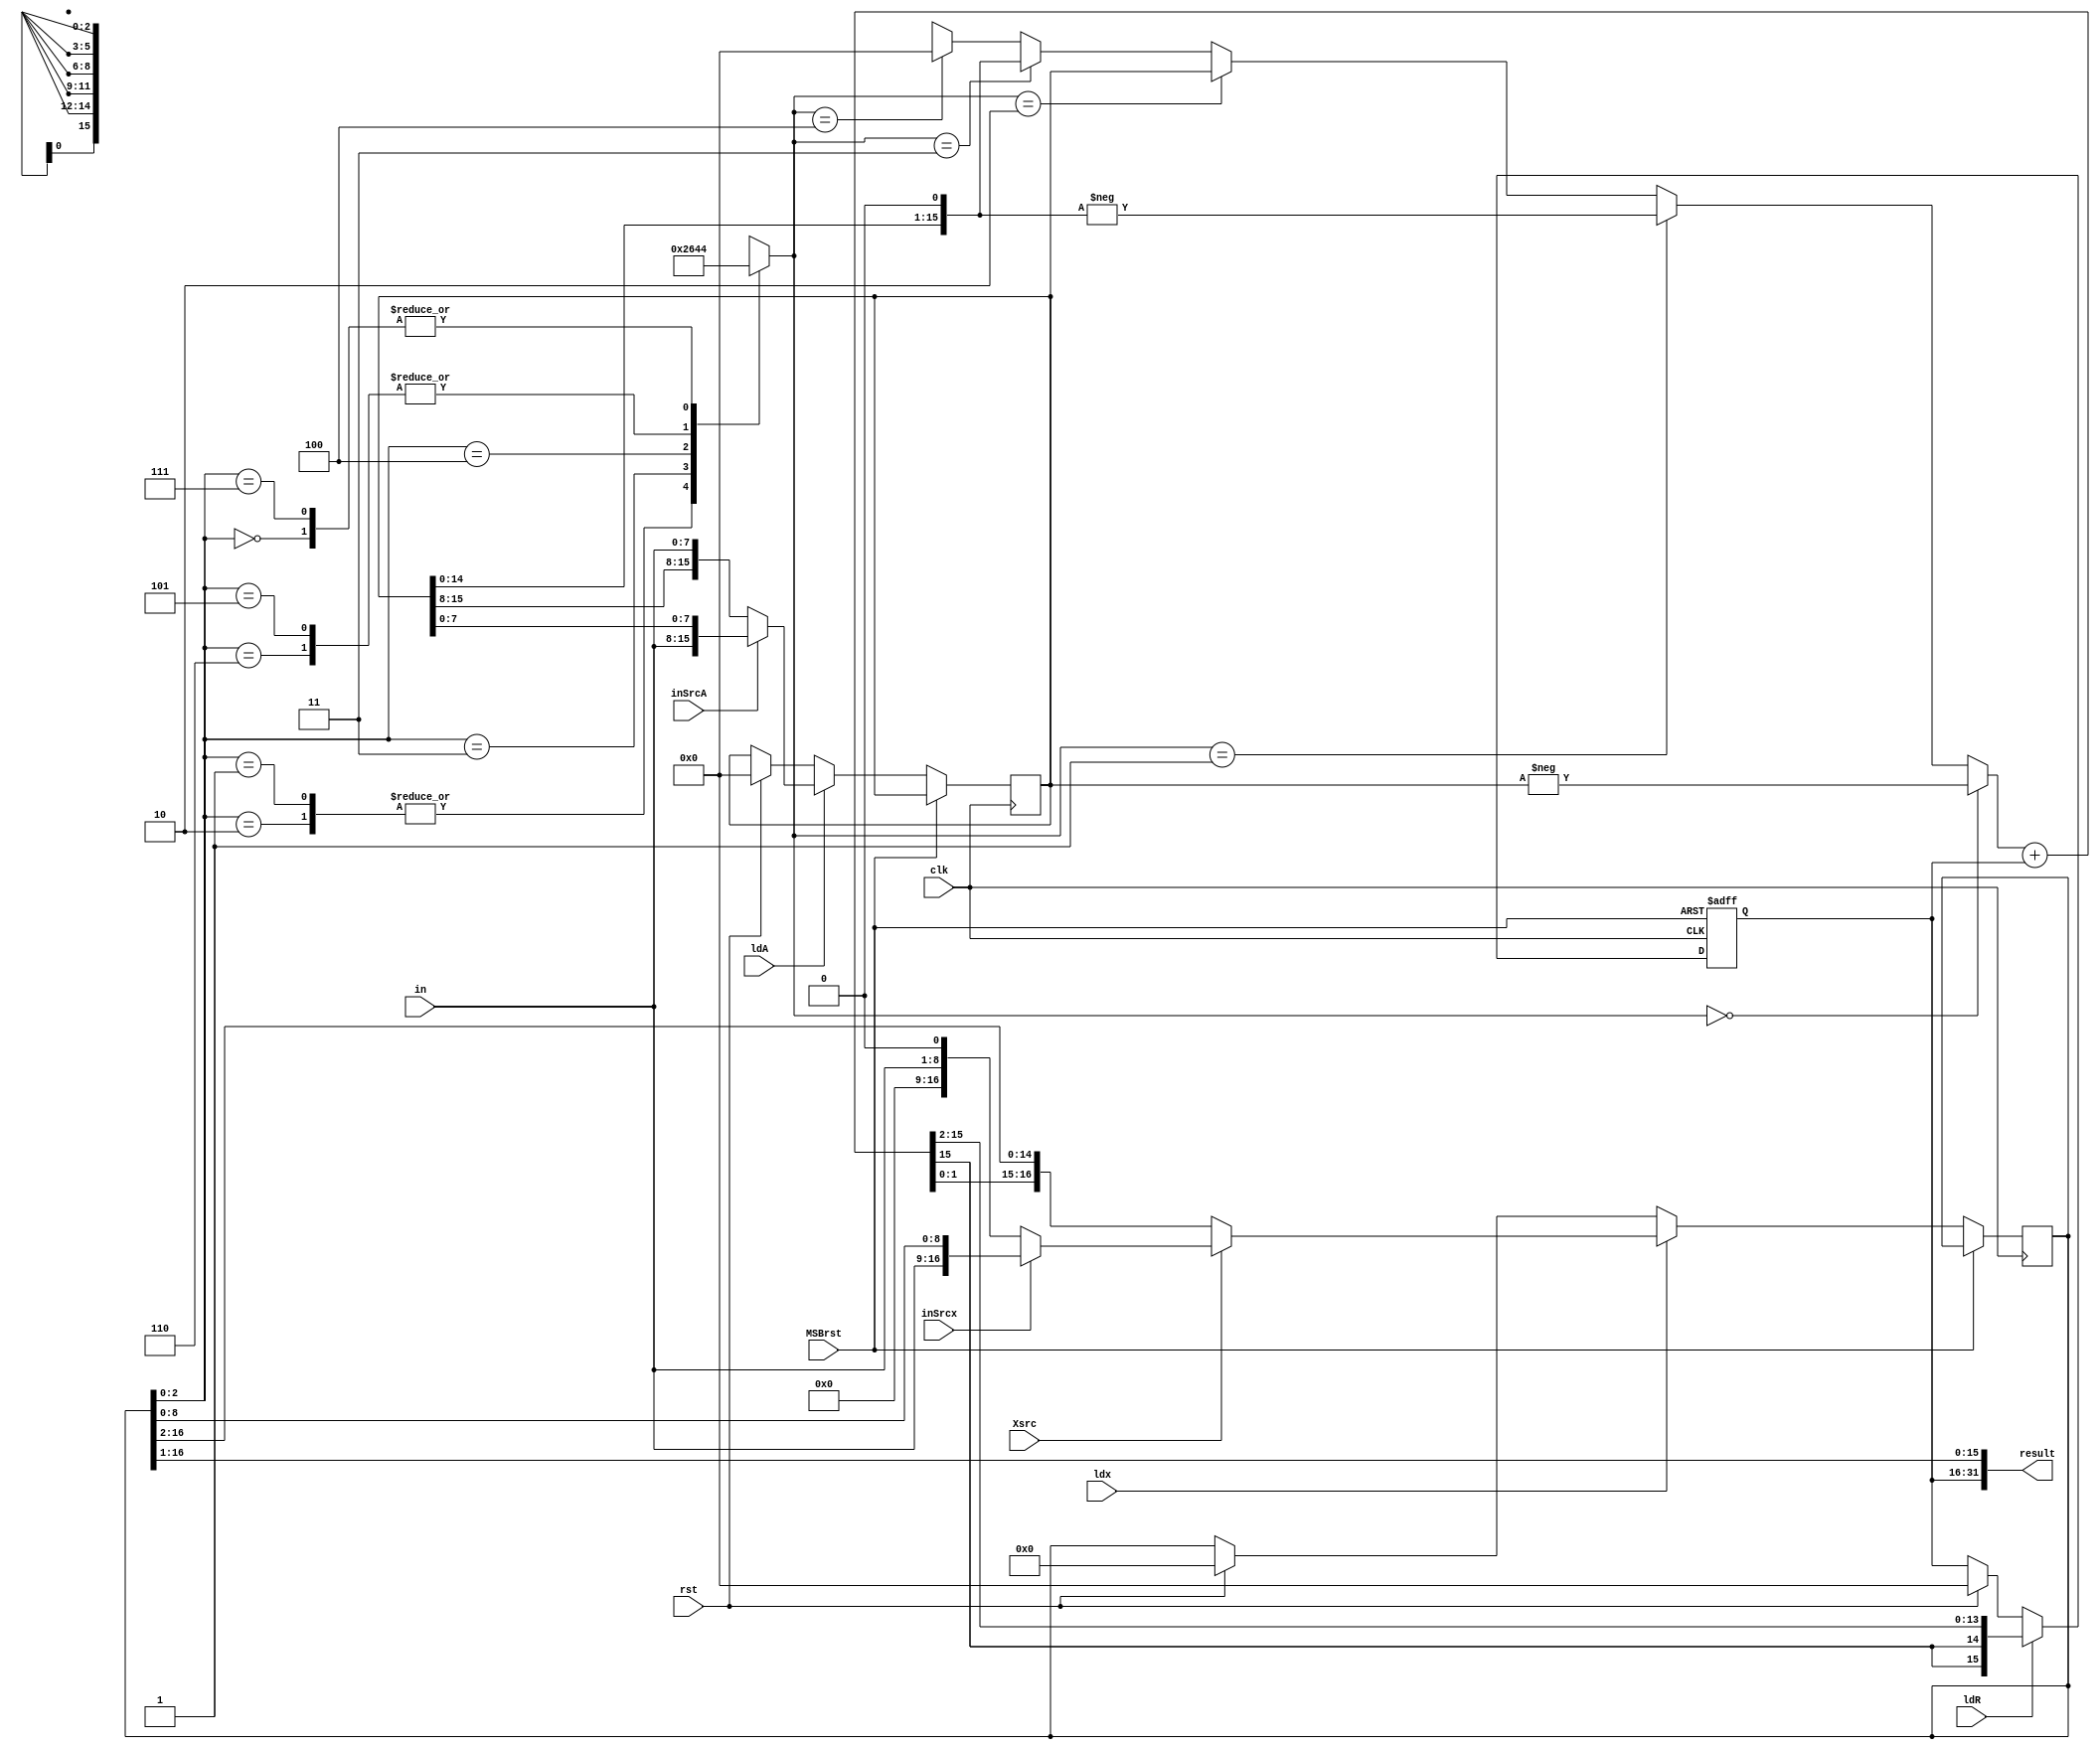
`timescale 1ns/1ns
module ASSUME_R4_DP(input [7:0] in, input clk, rst, ldx, ldA, ldR, MSBrst, inSrcx, inSrcA, Xsrc, output [31:0] result);
  //defining our registers and their load and reset inputs
  reg [16:0] Xreg;
  reg [15:0] Areg, ResMSB;
  wire [16:0] Xrin;
  wire [15:0] Arin, Resrin;
  always @(posedge clk, posedge MSBrst) begin
    if (MSBrst) ResMSB<=16'b0;
	 else begin
			 if(rst) begin
				Xreg <= 0;
				Areg <= 0;
				ResMSB <= 0;
			 end
			 if(ldx) 
				Xreg <= Xrin;
			 if(ldR) 
				ResMSB <= Resrin;
			 if(ldA) 
				Areg <= Arin;
		end
  end
  //defining the multiplexers that select our registers inputs
  wire [16:0] Xin;
  wire [15:0] sum, PP;
  wire [2:0] R4ENC;
  wire [14:0] SXR;
  assign SXR = (Xreg >> 2);
  assign Xin = inSrcx ? {in, Xreg[8:0]} : {8'b0, in, 1'b0};
  assign Arin = inSrcA ? {in, Areg[7:0]} : {Areg[15:8], in};
  assign Xrin = Xsrc? Xin : {sum[1:0], SXR};
  assign  PP = R4ENC == 3'b000 ? -Areg
              :R4ENC == 3'b001 ? -(Areg <<< 1)
              :R4ENC == 3'b010 ?   Areg
              :R4ENC == 3'b011 ? (Areg <<< 1)
              :R4ENC == 3'b100 ? 16'b0 
              : 16'bx;
  //defining the LUT as an array (which determines the select of our PP MUX
  
  wire [2:0] LUT[0:7];
  assign LUT [0] = 3'd4;
  assign LUT [1] = 3'd2;
  assign LUT [2] = 3'd2;
  assign LUT [3] = 3'd3;
  assign LUT [4] = 3'd1;
  assign LUT [5] = 3'd0;
  assign LUT [6] = 3'd0;
  assign LUT [7] = 3'd4; 
  assign R4ENC = LUT[Xreg[2:0]];
  // defining our adder result 
assign sum=PP+ResMSB;
  //sign extention 
assign Resrin = {sum[15], sum[15], sum[15:2]};
assign result = {ResMSB,Xreg[16:1]};
endmodule

module counter8(input clk, Cen, Crst, output Cout);
  reg [3:0] count;
  always @(posedge clk, posedge Crst) begin
      if (Crst) count=4'b0;
		else begin 
		if (Cout) count = 0;
		if (Cen) count = count+1;
		end
	end
  assign Cout = count[2]&count[1]&count[0];
endmodule

module ASSUME_R4_CU(input clk, rst, start, getA, getX, output reg ldx, ldA, ldR, MSBrst, inSrcx, inSrcA, Xsrc, ready);
  parameter [3:0] Idle = 4'd1, wait0 = 4'd2, LSBA = 4'd3, wait1 = 4'd4, MSBA = 4'd5, wait2 = 4'd6, LSBX = 4'd7,
                  wait3 = 4'd8, MSBX = 4'd9, wait4=4'd10, calc = 4'd11, done = 4'd0;


  reg Cen, Crst;
  wire cout;

  counter8 counter (clk, Cen, Crst, cout);          
  reg [3:0] ps, ns;
  always @(start, getA, getX, cout, ps) begin
    case(ps)
      Idle : ns = start ? Idle : wait0;
      wait0 : ns = getA ? LSBA : wait0;
      LSBA : ns = getA ? LSBA : wait1;
      wait1 : ns = getA ? MSBA : wait1;
      MSBA : ns = getA ? MSBA : wait2;
      wait2 : ns = getX ? LSBX : wait2;
      LSBX : ns = getX ? LSBX : wait3;
      wait3 : ns = getX ? MSBX : wait3;
      MSBX : ns = getX ? MSBX : wait4;
      wait4 : ns = calc;  
      calc : ns = cout ? done : calc;
      done : ns = start ? Idle : done;
      default: ns=done;
    endcase
  end
  
  always @(ps) begin
    {ldx, ldA, ldR, inSrcx, inSrcA, Xsrc, ready, MSBrst,Crst} = 9'b0;
    case(ps)
      Idle : begin MSBrst = 1'b1; Crst = 1'b1; end
      LSBA : begin ldA=1'b1; end
      MSBA : begin inSrcA=1'b1; end 
      wait1 : begin ldA=1'b1; end
      wait2 : begin ldA=1'b1; inSrcA=1'b1; end 
      LSBX : begin ldx=1'b1; Xsrc=1'b1; end
      wait3 : begin ldx=1'b1; Xsrc=1'b1; end
      MSBX : begin inSrcx=1'b1; end
      wait4 : begin ldx=1'b1; Xsrc=1'b1; inSrcx=1'b1; end            
      calc : begin ldR=1'b1; ldx=1'b1; Cen=1'b1; end
      done : ready = 1'b1;
      default :  {ldx, ldA, ldR, inSrcx, inSrcA, Xsrc, ready, MSBrst,Crst} = 9'b0;
    endcase
  end
  always @(posedge clk, posedge rst) begin
     if(rst) ps<=done;
    else ps<=ns;
   end
   
endmodule

module ASSUME_R4(input clk, rst, start, getA, getX, input [7:0] in, output [31:0] result , output ready);
wire ldx, ldA, ldR, MSBrst, inSrcx, inSrcA, Xsrc;

ASSUME_R4_DP datapath (in, clk, rst, ldx, ldA, ldR, MSBrst, inSrcx, inSrcA, Xsrc, result);
ASSUME_R4_CU controlunit(clk, rst, start, getA, getX, ldx, ldA, ldR, MSBrst, inSrcx, inSrcA, Xsrc, ready);

endmodule